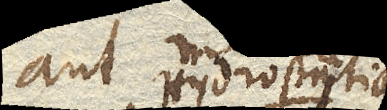
aut Hydrostatica